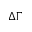
\Delta \Gamma